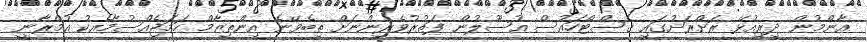
އާންމުން ދިރިއުޅޭ ރަށްރަށުގައި ގެސްޓްހައުސް އުސޫލުން ފަތުރުވެރިންނަށް ތިބެވޭނެ އިންތިޒާމް ހަމަޖެއްސުމާއެކު އުމްރާނީ